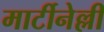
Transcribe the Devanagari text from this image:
मार्टीनेल्ली